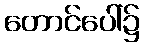
တောင်ပေါ်၌